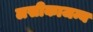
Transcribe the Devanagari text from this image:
लसीकाजन्य